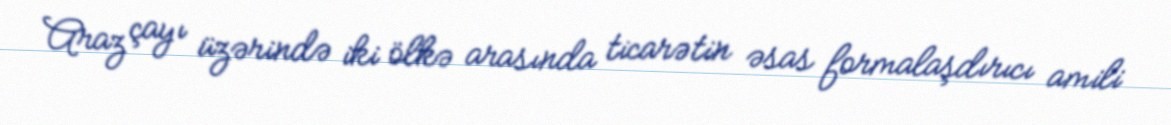
Araz çayı üzərində iki ölkə arasında ticarətin əsas formalaşdırıcı amili